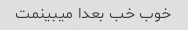
خوب خب بعدا میبینمت